Source: Handwritten
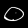
Digit: ၀ (0)